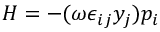
H = - ( \omega \epsilon _ { i j } y _ { j } ) p _ { i }